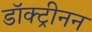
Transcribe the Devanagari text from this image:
डॉक्ट्रीनन